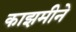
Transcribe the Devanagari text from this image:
काझमीने